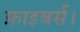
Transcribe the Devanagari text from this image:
फ़ाइबर्स।